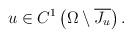
LaTeX: \begin{align*} u \in C^1\left( \Omega \setminus \overline{J_u}\right).\end{align*}